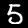
Label: 5